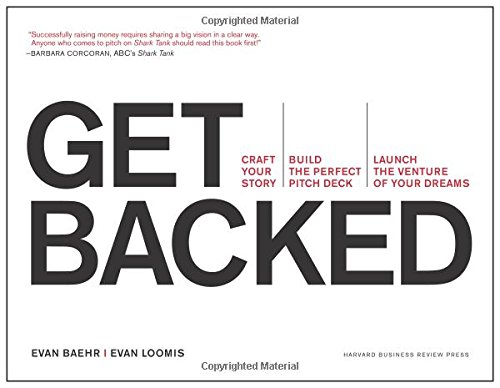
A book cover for Get Backed: Craft Your Story, Build the Perfect Pitch Deck, and Launch the Venture of Your Dreams; Evan Baehr; Business & Money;